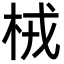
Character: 㭜